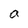
Character: a